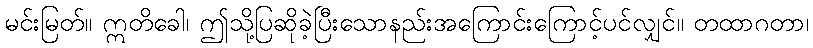
မင်းမြတ်။ ဣတိခေါ၊ ဤသို့ပြဆိုခဲ့ပြီးသောနည်းအကြောင်းကြောင့်ပင်လျှင်။ တထာဂတာ၊